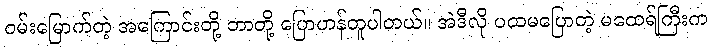
ဝမ်းမြောက်တဲ့ အကြောင်းတို့ ဘာတို့ ပြောဟန်တူပါတယ်။ အဲဒီလို ပထမပြောတဲ့ မထေရ်ကြီးက